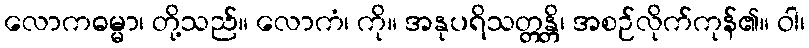
လောကဓမ္မာ၊ တို့သည်။ လောကံ၊ ကို။ အနုပရိသတ္တန္တိ၊ အစဉ်လိုက်ကုန်၏။ ဝါ၊